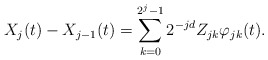
\begin{align*}X_j(t)-X_{j-1}(t)=\sum_{k=0}^{2^{j}-1}2^{-jd}Z_{jk}\varphi_{jk}(t).\end{align*}